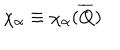
LaTeX: \chi _ { \alpha } \equiv \chi _ { \alpha } ( \overline { { { Q } } } )